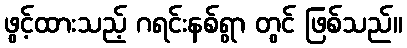
ဖွင့်ထားသည့် ဂရင်းနစ်ရွာ တွင် ဖြစ်သည်။